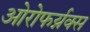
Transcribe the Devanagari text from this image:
ओरोफर्य्नक्स